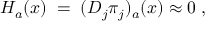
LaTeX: H _ { a } ( x ) \; = \; ( D _ { j } \pi _ { j } ) _ { a } ( x ) \approx 0 \; ,